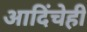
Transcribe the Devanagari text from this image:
आदिंचेही